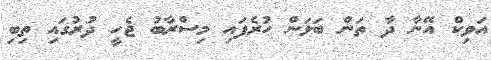
އަވިކް އޭނާ ދާ ތަން ބަލަން ހުރެފައި މިސްރާބު ޖެހީ ދުރުގައި ތިބި